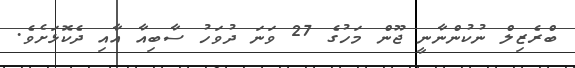
ބްރެޒިލް ނުކުންނާނީ ޖޫން މަހުގެ 27 ވަނަ ދުވަހު ސާބިއާ އާއި ދެކޮޅަށެވެ.